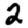
Digit: 2